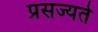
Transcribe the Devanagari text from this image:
प्रसज्यते